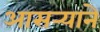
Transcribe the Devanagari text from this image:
आसर्‍याने